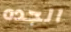
الجده